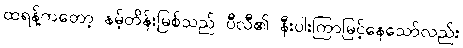
ထရန့်ကတော့ နမ့်တိန်းမြစ်သည် ပီလီ၏ နီးပါးကြာမြင့်နေသော်လည်း